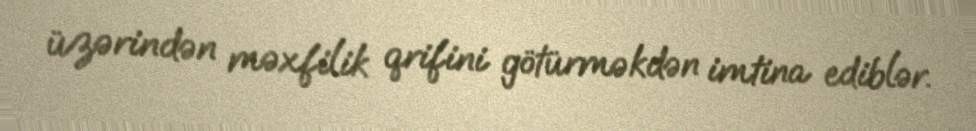
üzərindən məxfilik qrifini götürməkdən imtina ediblər.